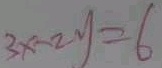
3 x - 2 y = 6